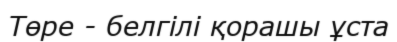
Төре - белгілі қорашы ұста